King Institute of Preventive Medicine Micro-Biological Section reports 1912-19
Year: 1912
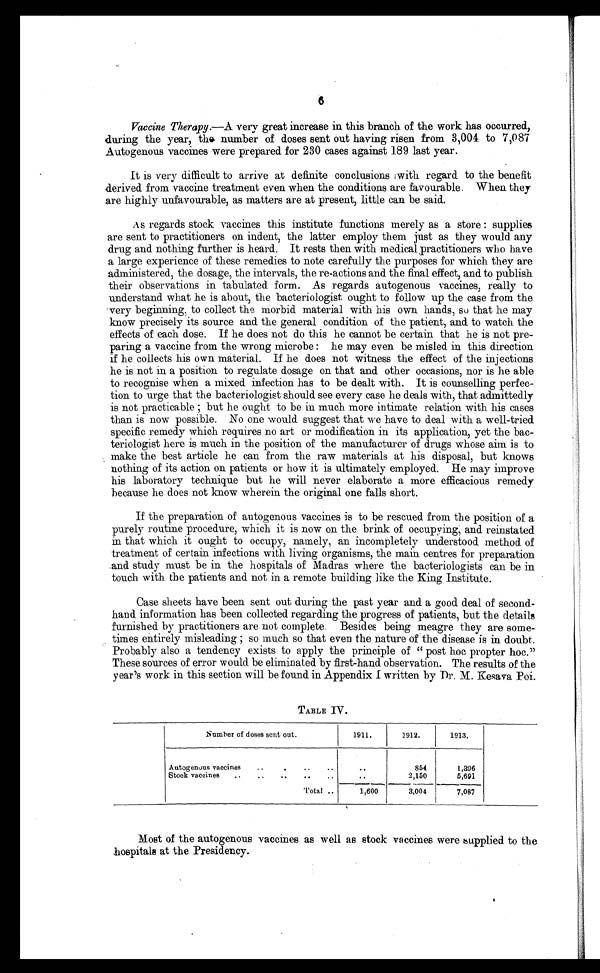
6
Vaccine Therapy.—A very great increase in this branch of the work has occurred,
during the year, the number of doses sent out having risen from 3,004 to 7,087
Autogenous vaccines were prepared for 230 cases against 189 last year.
It is very difficult to arrive at definite conclusions with regard to the benefit
derived from vaccine treatment even when the conditions are favourable. When they
are highly unfavourable, as matters are at present, little can be said.
A s regards stock vaccines this institute functions merely as a store : supplies
are sent to practitioners on indent, the latter employ them just as they would any
drug and nothing further is heard. It rests then with medical practitioners who have
a large experience of these remedies to note carefully the purposes for which they are
administered, the dosage, the intervals, the re-actions and the final effect, and to publish
their observations in tabulated form. As regards autogenous vaccines, really to
understand what he is about, the bacteriologist ought to follow up the case from the
very beginning, to collect the morbid material with his own hands, so that he may
know precisely its source and the general condition of the patient, and to watch the
effects of each dose. If he does not do this he cannot be certain that he is not pre-
paring a vaccine from the wrong microbe : he may even be misled in this direction
if he collects his own material. If he does not witness the effect of the injections
he is not in a position to regulate dosage on that and other occasions, nor is he able
to recognise when a mixed infection has to be dealt with. It is counselling perfec-
tion to urge that the bacteriologist should see every case he deals with, that admittedly
is not practicable ; but he ought to be in much more intimate relation with his cases
than is now possible. No one would suggest that we have to deal with a well-tried
specific remedy which requires no art or modification in its application, yet the bac-
teriologist here is much in the position of the manufacturer of drugs whose aim is to
make the best article he can from the raw materials at his disposal, but knows
nothing of its action on patients or how it is ultimately employed. He may improve
his laboratory technique but he will never elaborate a more efficacious remedy
because he does not know wherein the original one falls short.
If the preparation of autogenous vaccines is to be rescued from the position of a
purely routine procedure, which it is now on the brink of occupying; and reinstated
in that which it ought to occupy, namely, an incompletely understood method of
treatment of certain infections with living organisms, the main centres for preparation
and study must be in the hospitals of Madras where the bacteriologists can be in
touch with the patients and not in a remote building like the King Institute.
Case sheets have been sent out during the past year and a good deal of second-
hand information has been collected regarding the progress of patients, but the details
furnished by practitioners are not complete. Besides being meagre they are some-
times entirely misleading ; so much so that even the nature of the disease is in doubt.
Probably also a tendency exists to apply the principle of " post hoc propter hoc."
These sources of error would be eliminated by first-hand observation. The results of the
year's work in this section will be found in Appendix I written by Dr. M. Kesava Poi.
TABLE IV.
Number of doses sent out.
1911.
1912.
1913.
Autogenous vaccines
..
•
..
..
. .
854
1,396
Stock vaccines
..
..
..
..
..
..
2,150
5,691
Total ..
1,600
3,004
7,087
Most of the autogenous vaccines as well as stock vaccines were supplied to the
hospitals at the Presidency.